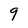
Character: 9